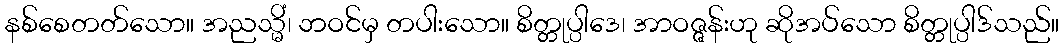
နစ်စေတတ်သော။ အညသ္မိံ၊ ဘဝင်မှ တပါးသော။ စိတ္တုပ္ပါဒေ၊ အာဝဇ္ဇန်းဟု ဆိုအပ်သော စိတ္တုပ္ပါဒ်သည်။